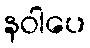
နဝါပေ